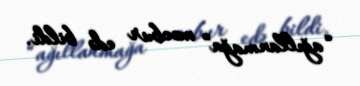
“ağıllanmağa” məcbur edə bildi.